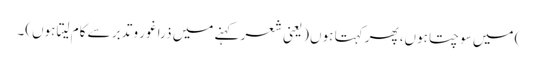
) میں سوچتا ہوں، پھر کہتا ہوں (یعنی شعر کہنے میں ذرا غور و تدبر سے کام لیتا ہوں)۔